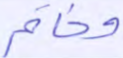
وخاتم